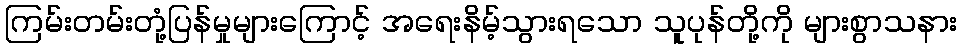
ကြမ်းတမ်းတုံ့ပြန်မှုများကြောင့် အရေးနိမ့်သွားရသော သူပုန်တို့ကို များစွာသနား